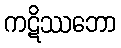
ကဋိဿဘော